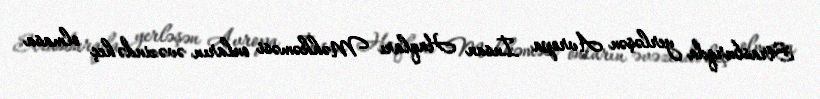
Strasburqda yerləşən Avropa İnsan Haqları Məhkəməsi onların əvəzində heç olmasa